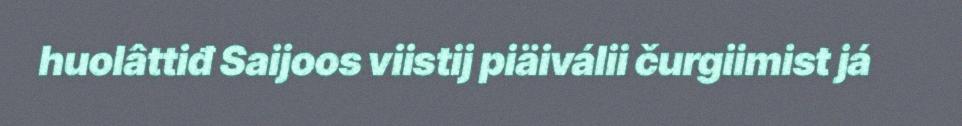
huolâttiđ Saijoos viistij piäiválii čurgiimist já